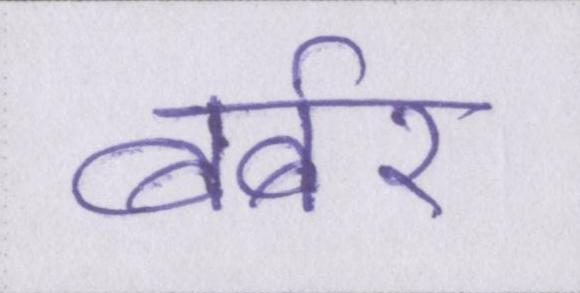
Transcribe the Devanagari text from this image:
बर्बर